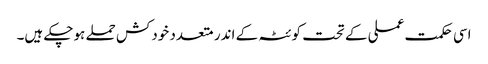
اسی حکمت عملی کے تحت کوئٹہ کے اندر متعدد خودکش حملے ہوچکے ہیں۔